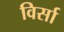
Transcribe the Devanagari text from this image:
विर्सा